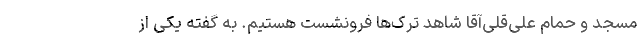
مسجد و حمام علی‌قلی‌آقا شاهد ترک‌ها فرونشست هستیم. به گفته یکی از